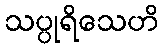
သပ္ပုရိသေဟိ